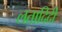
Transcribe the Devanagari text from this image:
लतादिदी